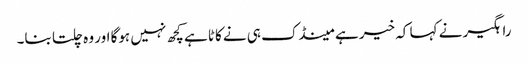
راہگیر نے کہا کہ خیر ہے مینڈک ہی نے کاٹا ہے کچھ نہیں ہوگا اور وہ چلتا بنا۔